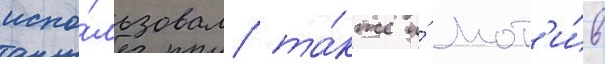
испо́льзовал та́кже и́ мот'и́в